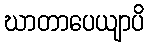
ဃာတာပေယျာပိ